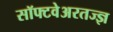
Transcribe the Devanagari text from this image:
सॉफ्टवेअरतज्ज्ञ